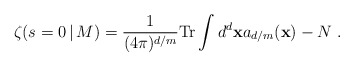
\begin{align*} \zeta (s=0 \, |\, M)= {1\over (4\pi)^{d/m}}{\rm Tr}\int d^d{\bf x} a_{d/m}({\bf x}) - N\ .\end{align*}